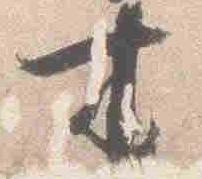
来